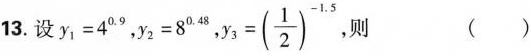
13.设$$y _ { 1 } = 4 ^ { 0 . 9 }$$，$$y _ { 0 } = 8 ^ { 0 . 4 8 }$$，$$y _ { 3 } = ( \frac { 1 } { 2 } ) ^ { - 1 . 5 }$$，则 ()